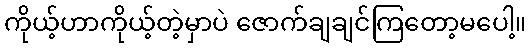
ကိုယ့်ဟာကိုယ့်တဲ့မှာပဲ ဇောက်ချချင်ကြတော့မပေါ့။